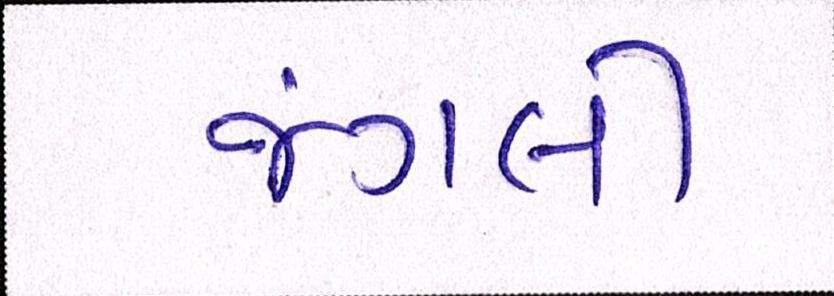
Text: જંગલી